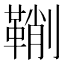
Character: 鞩